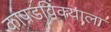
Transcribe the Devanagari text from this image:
कापडविक्याला